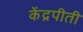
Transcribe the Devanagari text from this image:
केंद्रपीती